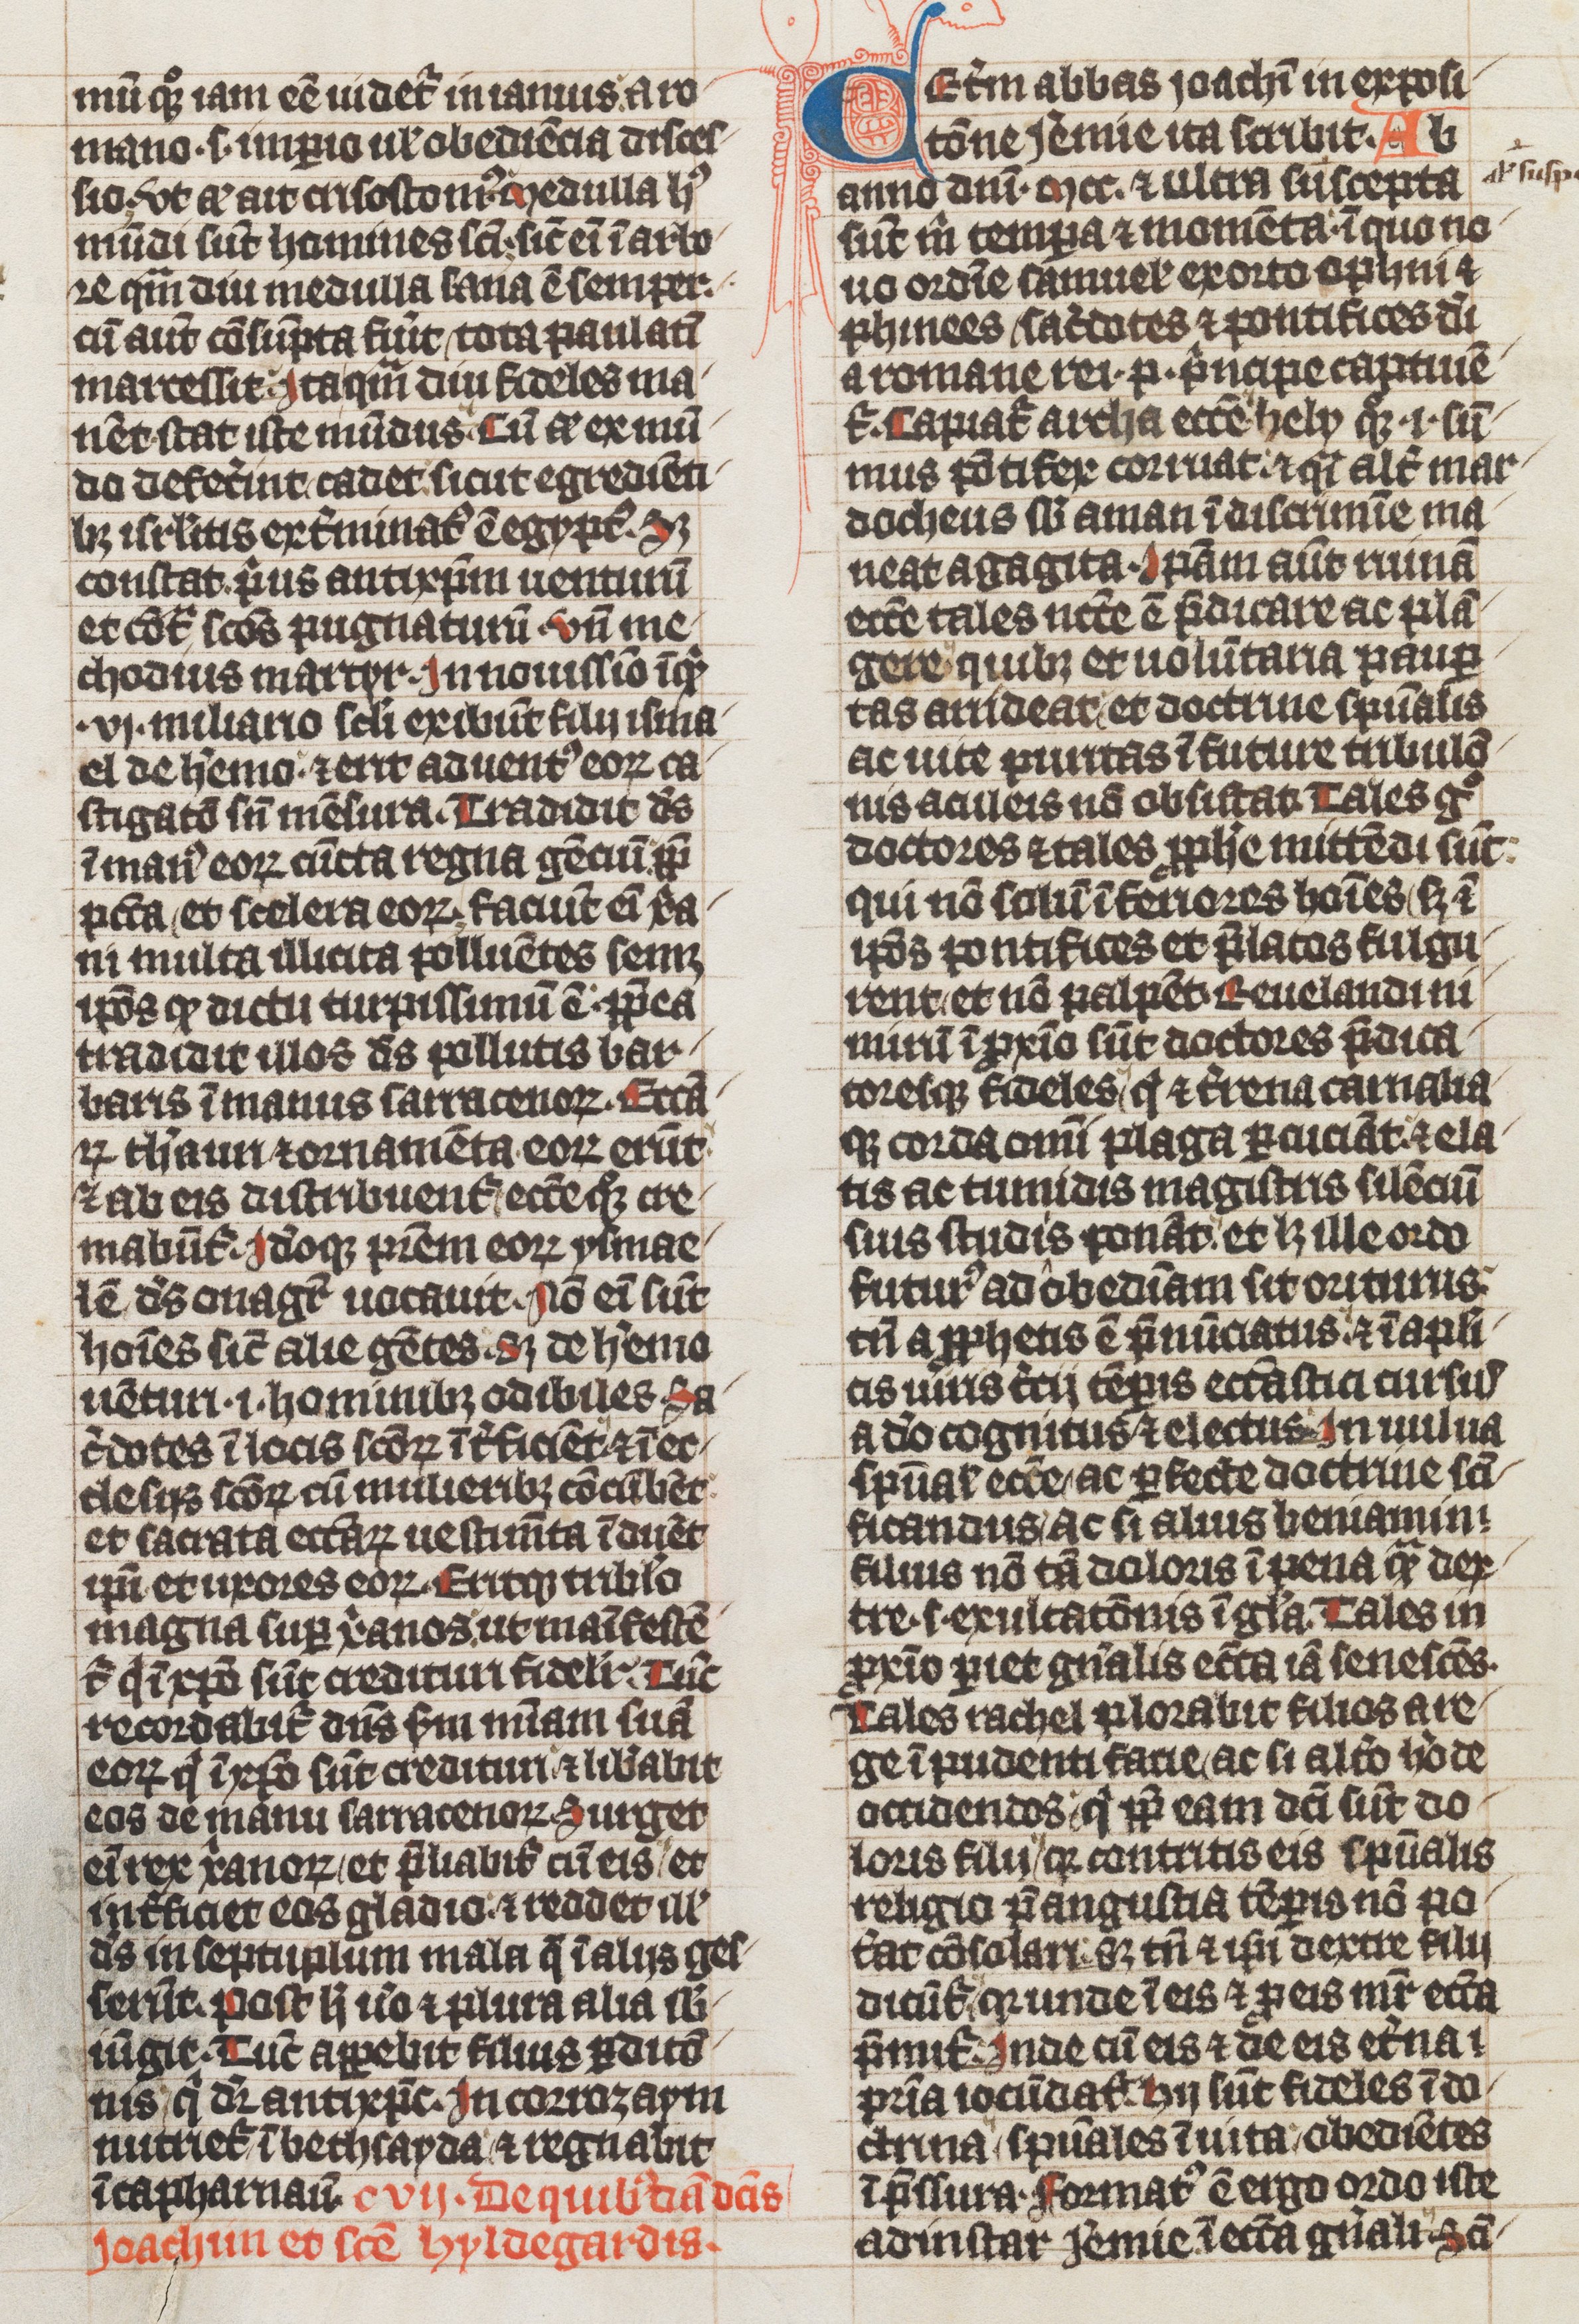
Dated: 1339–1340